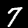
Label: 7